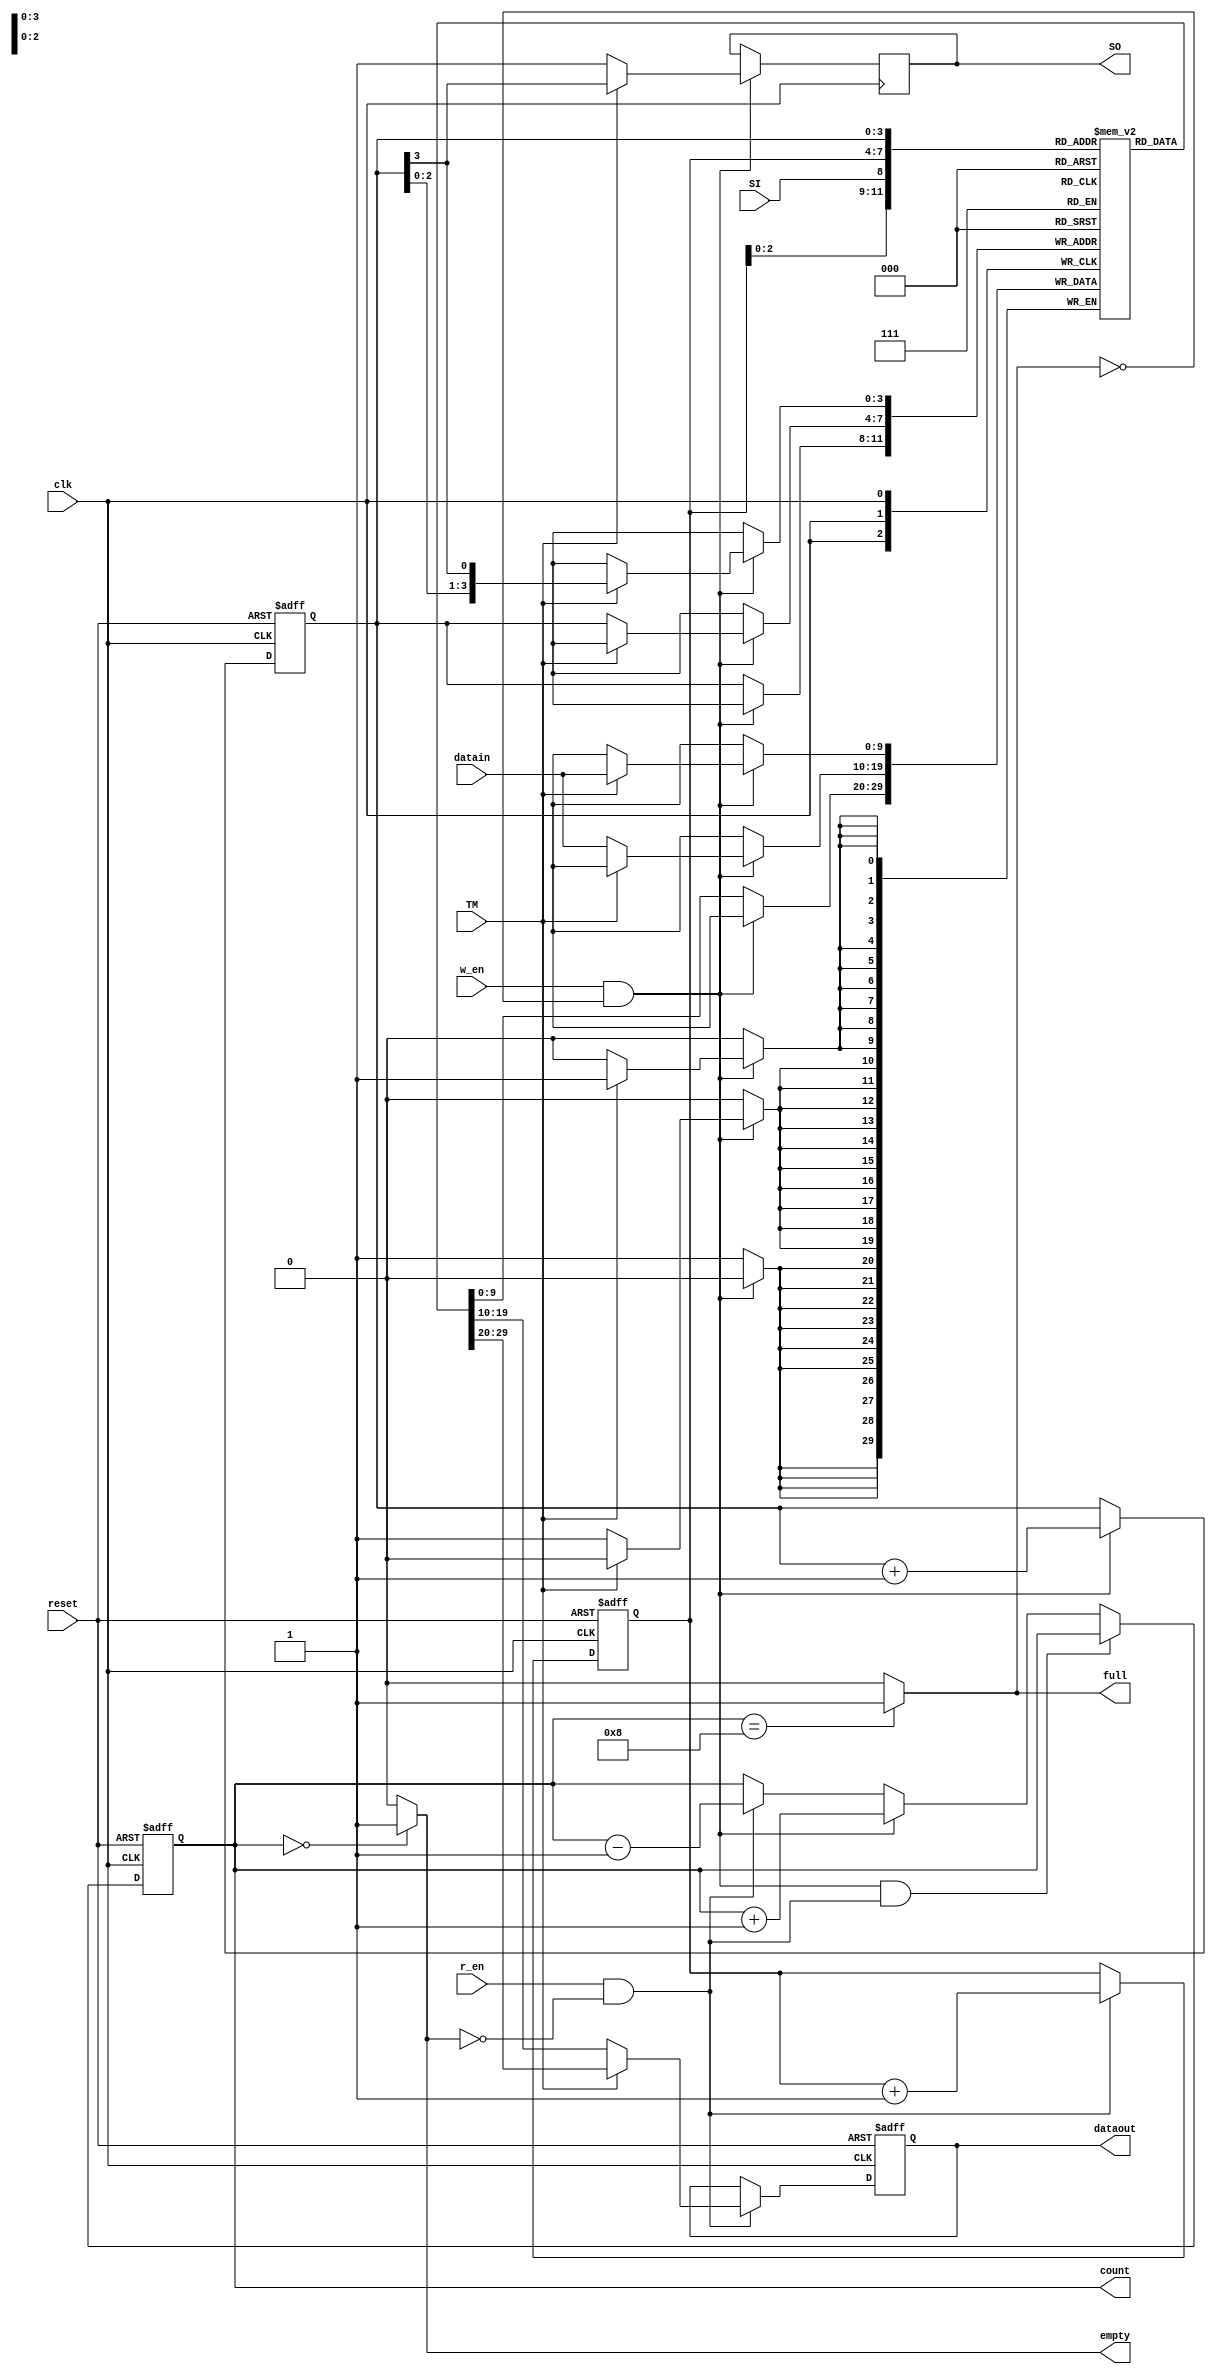
module FIFO_final(clk, datain, reset, r_en, w_en, dataout, empty, full, count, TM, SI, SO);
input clk;
input reset;
input [9:0]datain;
input r_en;
input w_en;
input SI, TM;

output [9:0]dataout;
output empty;
output full;
output [3:0]count; 
output reg SO;
reg [3:0]count;
reg [9:0]memory[0:15];
reg [3:0]wr_p = 0, rd_p = 0;
reg full, empty;
reg [9:0]dataout;

initial begin 
	$monitor("write = %b read = %b d_in = %d d_out = %d TM = %b SI = %b SO = %b", w_en, r_en, datain, dataout, TM, SI, SO);
	end

// reading data out from the FIFO
always @( posedge clk or posedge reset)
begin
   if( reset )
   begin
      dataout <= 0;
   end
   else
   begin
      if( r_en && !empty )
	if(TM) begin
         dataout <= memory[{rd_p[2:0], SI}];
	end
	else dataout <= memory[rd_p];
	else
         dataout <= dataout;

   end
end

//writing data in the FIFO
always @(posedge clk)
begin
   if( w_en && !full )
	if(TM) begin
      		memory[{wr_p[2:0], wr_p[3]}] <= datain;
		SO <= wr_p[3];
	end else begin memory[wr_p] <= datain; SO <= 1; end

   else
      memory[wr_p] <= memory[wr_p];
end



//pointer increment system
always @ (posedge clk or posedge reset)
begin 
	if(reset)
	begin
		wr_p <= 0;
		rd_p <= 0;
	end
	else
	begin
		if(!full && w_en)
		wr_p <= wr_p+1;
		else
		wr_p <= wr_p;
			
		if(!empty && r_en)
		rd_p <= rd_p+1;
		else
		rd_p <= rd_p;
	end
end

// code for counting
always @(posedge clk or posedge reset)
begin
   if( reset )
       count <= 0;

   else if( (!full && w_en) && ( !empty && r_en ) )
       count <= count;

   else if( !full && w_en )
       count <= count + 1;

   else if( !empty && r_en )
       count <= count - 1;
   else
      count <= count;
end

//for full and empty
always @(count)
begin
if(count==0)
  empty = 1 ;
  else
  empty = 0;

  if(count==8)
   full = 1;
   else
   full = 0;
end

endmodule